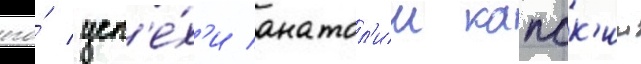
его́ усп'е́х'и анатол'ии капск'ии